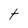
Character: t